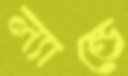
ল্যান্ডে